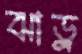
ঝাড়ু